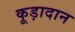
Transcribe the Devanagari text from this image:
कूड़ादान